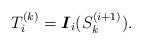
LaTeX: \begin{align*}T^{(k)}_i=\boldsymbol{I}_i(S^{(i+1)}_k).\end{align*}